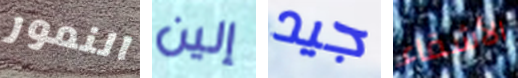
النمور إلين جيد الأشقاء